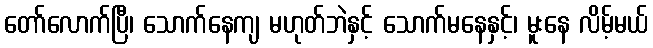
တော်လောက်ပြီ၊ သောက်နေကျ မဟုတ်ဘဲနှင့် သောက်မနေနှင့်၊ မူးနေ လိမ့်မယ်